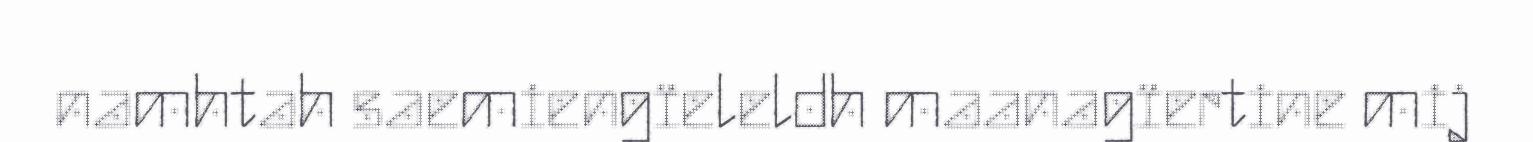
namhtah saemiengïeleldh maanagïertine mij